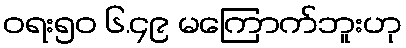
ဝရး၅၀ ၆.၄၉ မကြောက်ဘူးဟု